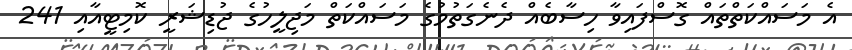
އެ މަސައްކަތްތައް ގޮސްފައިވާ ހިސާބެއް ދެނެގަތުމުގެ މަސައްކަތް މަޖިލީހުގެ ޖުޑިޝަރީ ކޮމިޓީއާއި 241